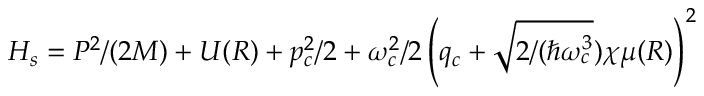
H _ { s } = P ^ { 2 } / ( 2 M ) + U ( R ) + p _ { c } ^ { 2 } / 2 + \omega _ { c } ^ { 2 } / 2 \left( q _ { c } + \sqrt { 2 / ( \hbar \omega _ { c } ^ { 3 } } ) \chi \mu ( R ) \right) ^ { 2 }